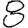
Digit: 8